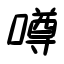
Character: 噂